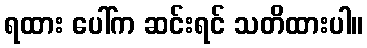
ရထား ပေါ်က ဆင်းရင် သတိထားပါ။